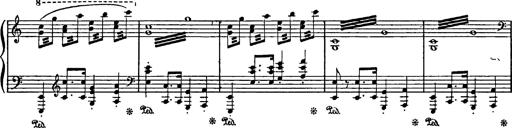
Title: Feierlicher Marsch zum heiligen Gral aus Parsifal
Composer: Franz Liszt